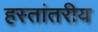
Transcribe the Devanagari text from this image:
हस्‍तांतरीय